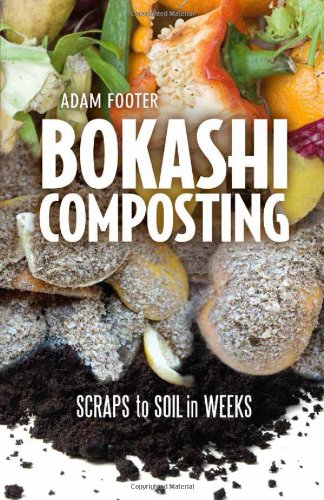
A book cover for Bokashi Composting: Scraps to Soil in Weeks; Adam Footer; Crafts, Hobbies & Home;